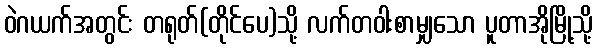
ဝဲဂယက်အတွင်း တရုတ်(တိုင်ပေ)သို့ လက်တဝါးစာမျှသော ပူတာအိုမြို့သို့